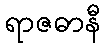
ရာဇဓာနီ